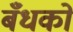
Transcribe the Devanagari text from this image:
बँधकों